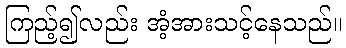
ကြည့်၍လည်း အံ့အားသင့်နေသည်။